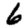
Digit: 6